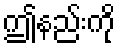
ဤနည်းကို